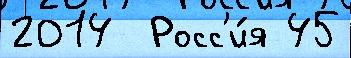
2014  Росс'и́я 45